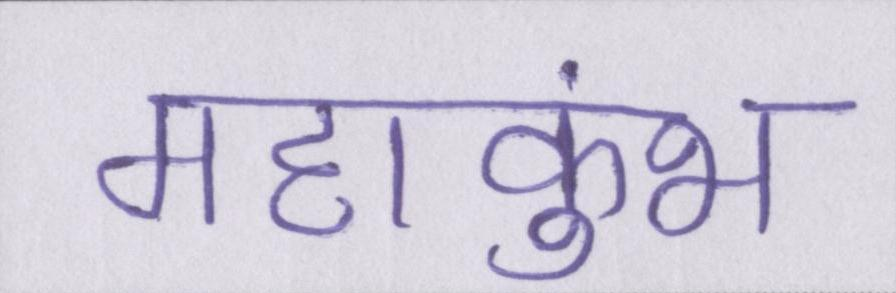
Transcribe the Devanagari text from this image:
महाकुंभ